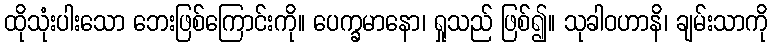
ထိုသုံးပါးသော ဘေးဖြစ်ကြောင်းကို။ ပေက္ခမာနော၊ ရှုသည် ဖြစ်၍။ သုခါဝဟာနိ၊ ချမ်းသာကို